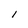
Character: I